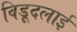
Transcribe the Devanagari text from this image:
विड़ूदलाई